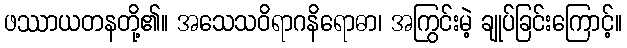
ဖဿာယတနတို့၏။ အသေသဝိရာဂနိရောဓာ၊ အကြွင်းမဲ့ ချုပ်ခြင်းကြောင့်။